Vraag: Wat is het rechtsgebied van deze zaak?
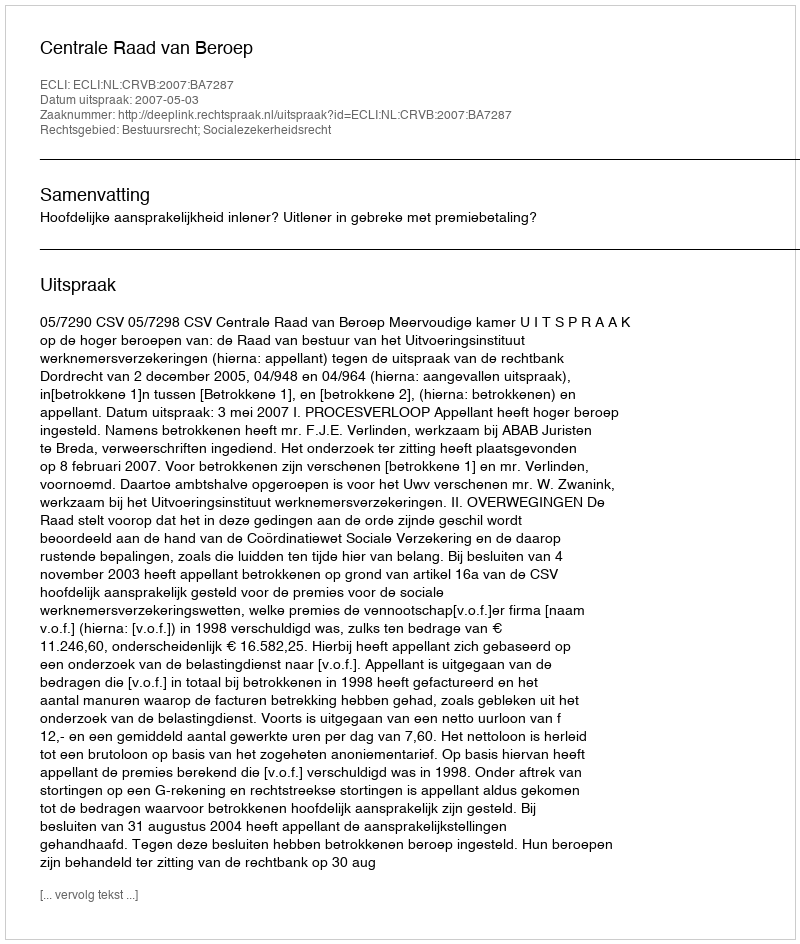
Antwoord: Bestuursrecht; Socialezekerheidsrecht